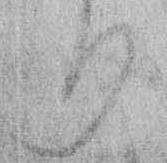
り